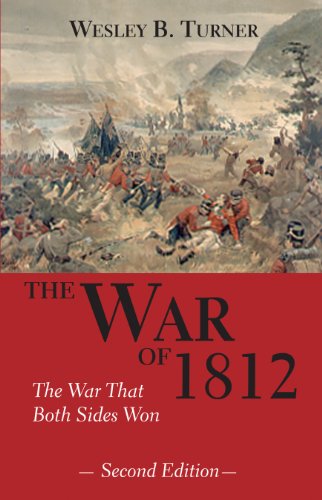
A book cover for The War of 1812: The War That Both Sides Won; Wesley B. Turner; History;